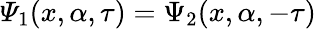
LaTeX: {\mathit\Psi_{1}(x,\alpha,\tau)=\Psi_{2}(x,\alpha,-\tau)}